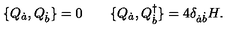
\{ Q _ { \dot { a } } , Q _ { \dot { b } } \} = 0 \qquad \{ Q _ { \dot { a } } , Q _ { \dot { b } } ^ { \dagger } \} = 4 \delta _ { \dot { a } \dot { b } } H .